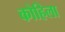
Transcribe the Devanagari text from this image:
कोहिला